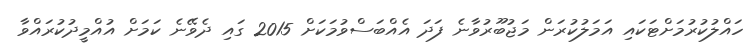
ހައްލުކުރުމަށްޓަކައި އަމަލުކުރަން މަޖުބޫރުވާނެ ފަދަ އެއްބަސްވުމަކަށް 2015 ގައި ދެވޭނެ ކަމަށް އުއްމީދުކުރައްވާ